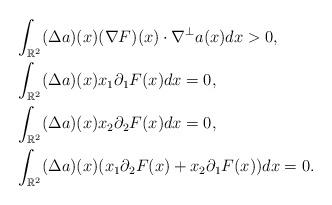
LaTeX: \begin{align*} &\int_{\mathbb R^2} (\Delta a)(x) (\nabla F)(x) \cdot \nabla^{\perp} a(x) dx >0, \\ & \int_{\mathbb R^2} (\Delta a)(x) x_1 \partial_1 F(x) dx =0, \\ & \int_{\mathbb R^2} (\Delta a)(x) x_2 \partial_2 F(x) dx=0, \\ & \int_{\mathbb R^2} (\Delta a)(x) (x_1 \partial_2 F(x) + x_2 \partial_1 F(x) )dx =0. \end{align*}